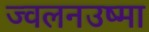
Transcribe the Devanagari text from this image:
ज्वलनउष्मा